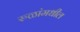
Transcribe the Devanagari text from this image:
रुळांमधील